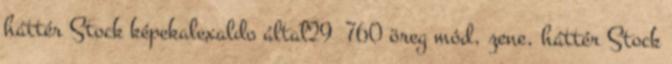
háttér Stock képekalexaldo által29 760 öreg mód, zene, háttér Stock